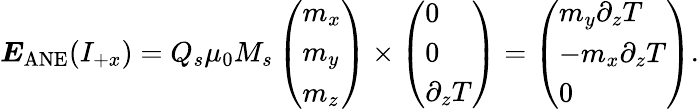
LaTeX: \boldsymbol{E}_{\mathrm{ANE}}(I_{+x})=Q_{s}\mu_{0}M_{s}\left(\begin{array}{l}{m_{x}}\\ {m_{y}}\\ {m_{z}}\end{array}\right)\times\left(\begin{array}{l}{0}\\ {0}\\ {\partial_{z}T}\end{array}\right)=\left(\begin{array}{l}{m_{y}\partial_{z}T}\\ {-m_{x}\partial_{z}T}\\ {0}\end{array}\right).